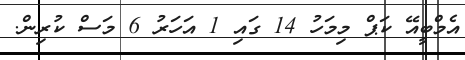
އެމްބީއޭ ކަޕް މިމަހު 14 ގައި 1 އަހަރު 6 މަސް ކުރިން.